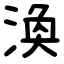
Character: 渙